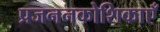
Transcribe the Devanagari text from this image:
प्रजननकोशिकाएँ